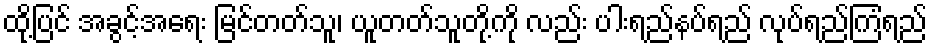
ထို့ပြင် အခွင့်အရေး မြင်တတ်သူ၊ ယူတတ်သူတို့ကို လည်း ပါးရည်နပ်ရည် လုပ်ရည်ကြံရည်